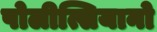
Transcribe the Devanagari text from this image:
पोलीत्सियानो